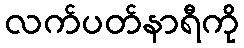
လက်ပတ်နာရီကို